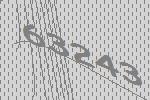
63243